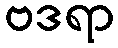
ဗဒရာ